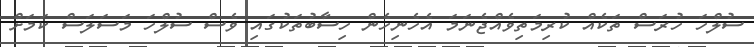
ސުލްހަ ހުރަސް ތަކެއް ކުރިމަތިވެއްޖެނަމަ އެހެނިހެން ހިސާބުތަކުގައި ވެސް ސުލްހަ މަސަލަސް ކަމަށް